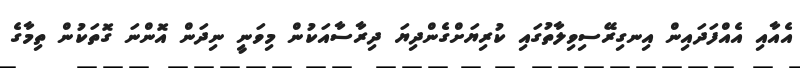
އެއާއި އެއްފަދައިން އިނގިރޭސިވިލާތުގައި ކުރިޔަށްގެންދިޔަ ދިރާސާއަކުން މިވަނީ ނިދަން އޮންނަ ގޮތަކުން ތިމާގެ